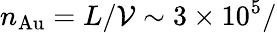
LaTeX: n_{\mathrm{Au}}=L/\mathcal{V}\sim 3\times 10^{5}/